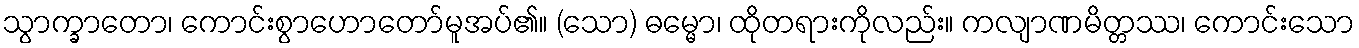
သွာက္ခာတော၊ ကောင်းစွာဟောတော်မူအပ်၏။ (သော) ဓမ္မော၊ ထိုတရားကိုလည်း။ ကလျာဏမိတ္တဿ၊ ကောင်းသော